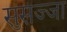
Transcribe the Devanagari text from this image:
सुसज्जा